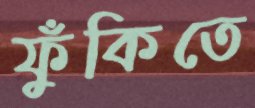
ফুঁকিতে